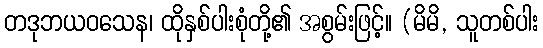
တဒုဘယဝသေန၊ ထိုနှစ်ပါးစုံတို့၏ အစွမ်းဖြင့်။ (မိမိ, သူတစ်ပါး